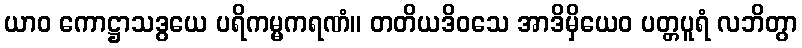
ယာဝ ကောဋ္ဌာသဒွယေ ပရိကမ္မကရဏံ။ တတိယဒိဝသေ အာဒိမှိယေဝ ပတ္တပူရံ လဘိတွာ